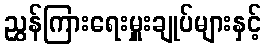
ညွှန်ကြားရေးမှူးချုပ်များနှင့်